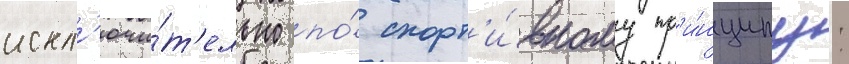
искл'ючи́т'ельно по́ спорт'и́вному пр'и́нципу: